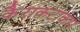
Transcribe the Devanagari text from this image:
कैराकटाकस